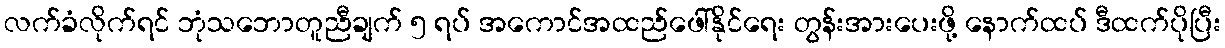
လက်ခံလိုက်ရင် ဘုံသဘောတူညီချက် ၅ ရပ် အကောင်အထည်ဖေါ်နိုင်ရေး တွန်းအားပေးဖို့ နောက်ထပ် ဒီထက်ပိုပြီး